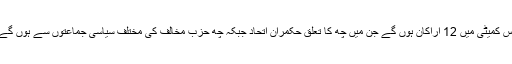
اس کمیٹی میں 12 اراکان ہوں گے جن میں چھ کا تعلق حکمران اتحاد جبکہ چھ حزب مخالف کی مختلف سیاسی جماعتوں سے ہوں گے۔